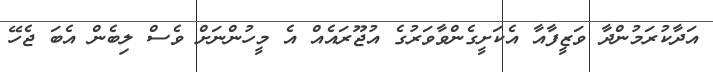
އަދާކުރަމުންދާ ވަޒީފާއާ އެކަށީގެންވާވަރުގެ އުޖޫރައެއް އެ މީހުންނަށް ވެސް ލިބެން އެބަ ޖެހޭ